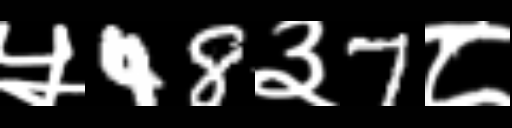
Text: ५48३7८